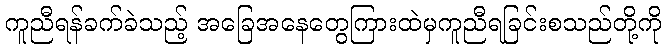
ကူညီရန်ခက်ခဲသည့် အခြေအနေတွေကြားထဲမှကူညီရခြင်းစသည်တို့ကို